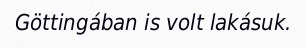
Göttingában is volt lakásuk.